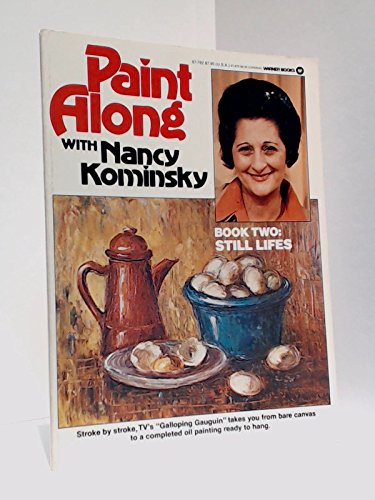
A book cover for Paint Along With Nancy Kominsky: Book 2 : Still Lifes; Nancy Circelli Kominsky; Arts & Photography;